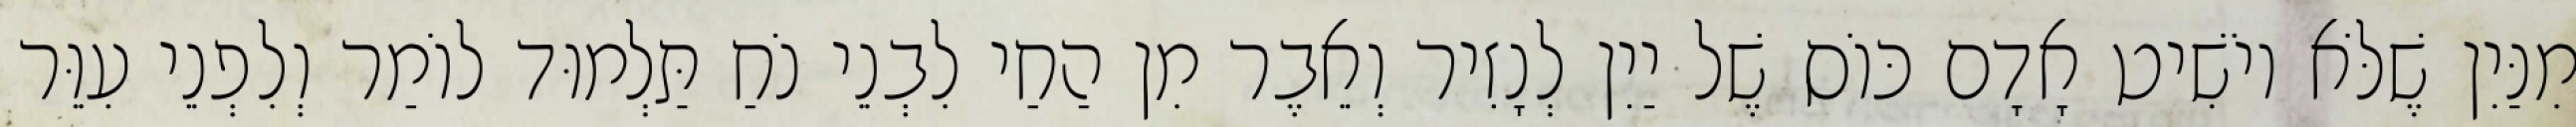
מִנַּיִן שֶׁלֹּא יוֹשִׁיט אָדָם כּוֹס שֶׁל יַיִן לְנָזִיר וְאֵבֶר מִן הַחַי לִבְנֵי נֹחַ תַּלְמוּד לוֹמַר וְלִפְנֵי עִוֵּר